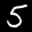
Label: 5